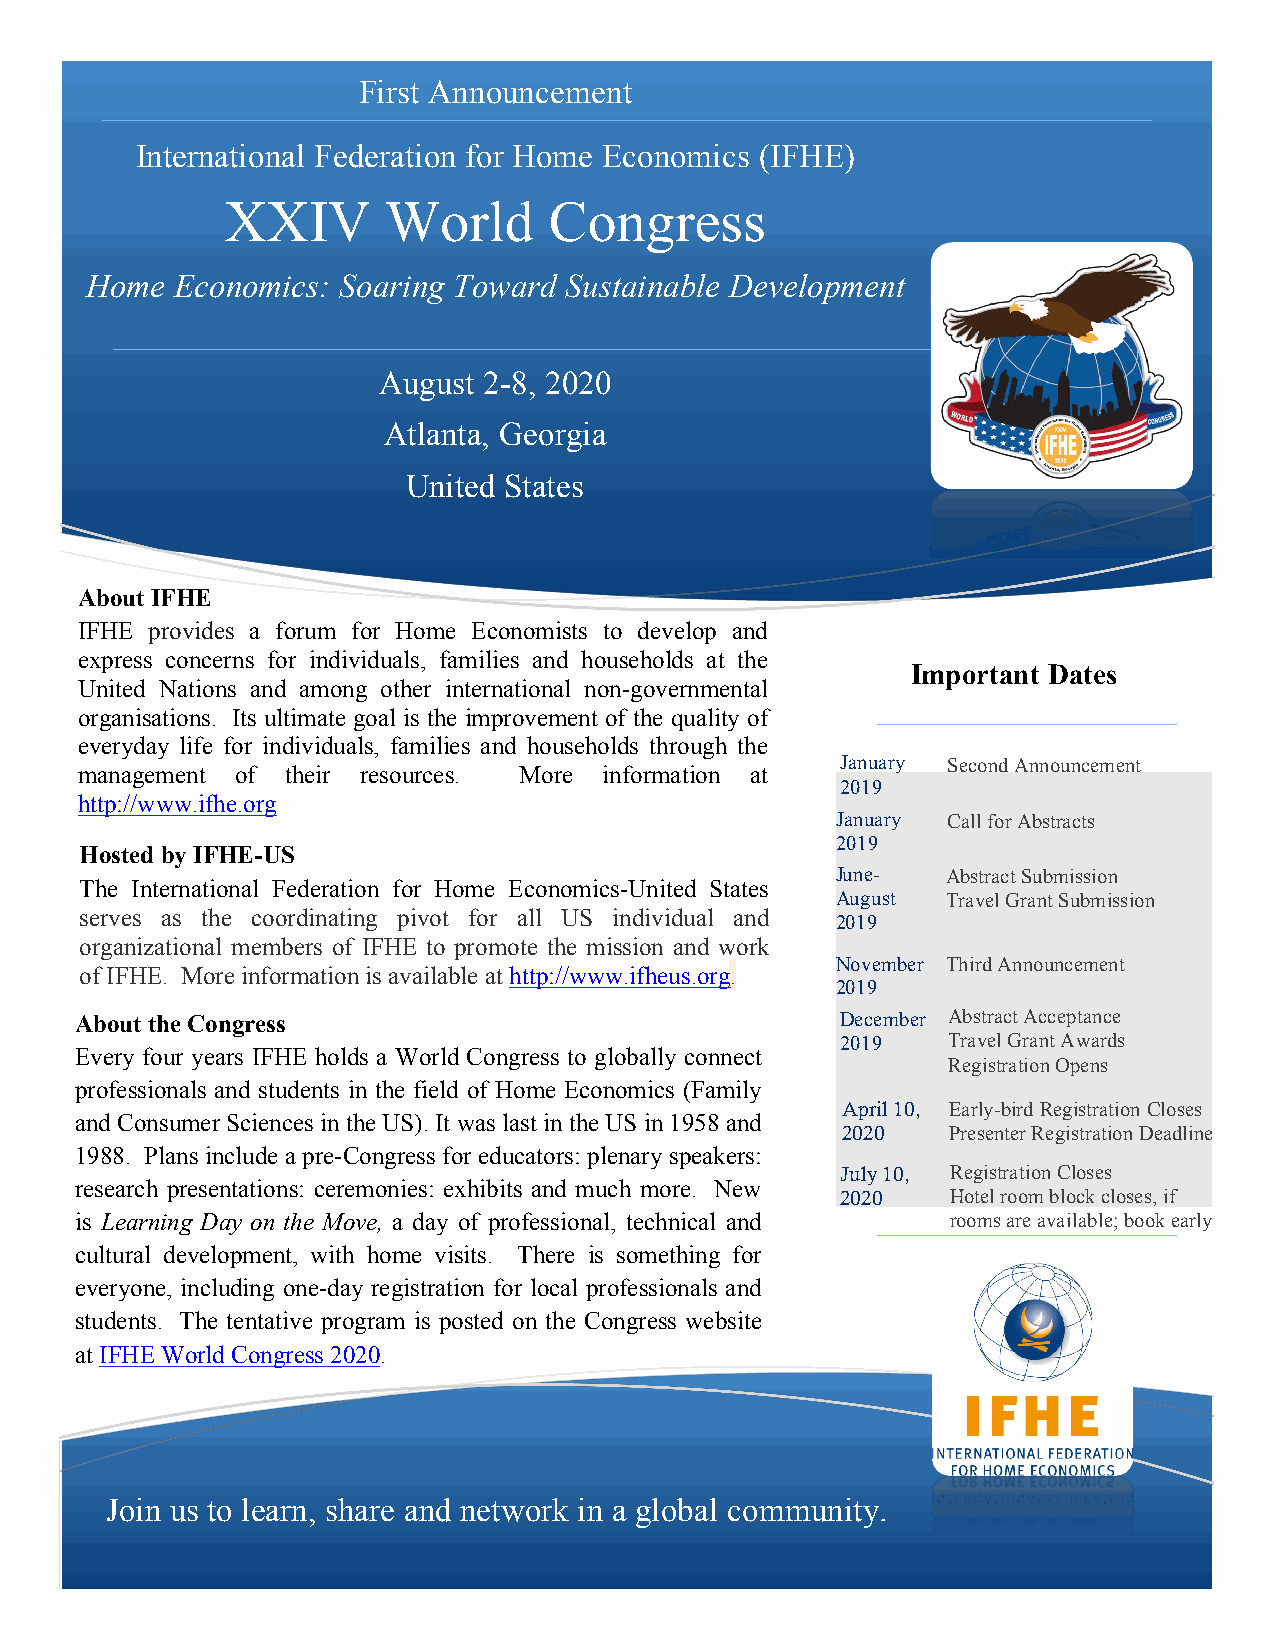
First Announcement
 International Federation for Home Economics (IFHE)
 XXIV      World      Congress
 Home Economics: Soaring Toward Sustainable Development
 August 2-8, 2020
 Atlanta, Georgia
 United States
 About IFHE
 IFHE provides a forum for Home Economists to develop and
 express concerns for individuals, families and households at the
 Important Dates
 United Nations and among other international non-governmental
 organisations. Its ultimate goal is the improvement of the quality of
 everyday life for individuals, families and households through the
 January Second Announcement
 management of their resources. More information at
 2019
 http://www.ifhe.org
 January Call for Abstracts
 2019
 Hosted by IFHE-US
 June-   Abstract Submission
 The International Federation for Home Economics-United States
 August  Travel Grant Submission
 serves as the coordinating pivot for all US individual and
 2019
 organizational members of IFHE to promote the mission and work
 November Third Announcement
 of IFHE. More information is available at http://www.ifheus.org.
 2019
 About the Congress                                 December Abstract Acceptance
 2019   Travel Grant Awards
 Every four years IFHE holds a World Congress to globally connect
 Registration Opens
 professionals and students in the field of Home Economics (Family
 April 10, Early-bird Registration Closes
 and Consumer Sciences in the US). It was last in the US in 1958 and
 2020   Presenter Registration Deadline
 1988. Plans include a pre-Congress for educators: plenary speakers:
 July 10, Registration Closes
 research presentations: ceremonies: exhibits and much more. New
 2020   Hotel room block closes, if
 is Learning Day on the Move, a day of professional, technical and rooms are available; book early
 cultural development, with home visits. There is something for
 everyone, including one-day registration for local professionals and
 students. The tentative program is posted on the Congress website
 at IFHE World Congress 2020.
 Join us to learn, share and network in a global community.